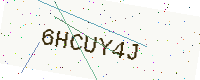
Text: 6HCUY4J